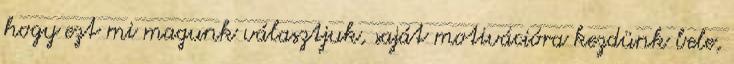
hogy ezt mi magunk választjuk, saját motivációra kezdünk bele,